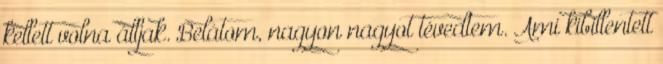
kellett volna álljak. Belátom, nagyon nagyot tévedtem. Ami kibillentett